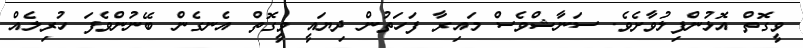
ވީގޮތް އޮޅުންފިލުވާށެވެ. ސަނާޝްވެސް މައިރާ ފަހަތުން ދިޔައީ ވީގޮތް އެނގެން ބޭނުންވެފަ ހުރިލެއް